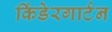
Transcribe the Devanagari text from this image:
किंडेरगार्टन